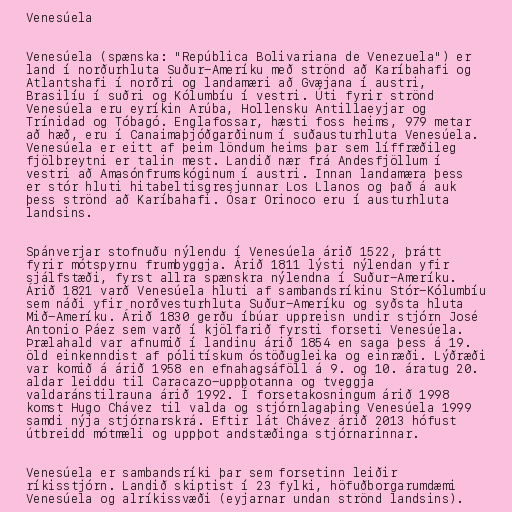
Venesúela

Venesúela (spænska: "República Bolivariana de Venezuela") er
land í norðurhluta Suður-Ameríku með strönd að Karíbahafi og
Atlantshafi í norðri og landamæri að Gvæjana í austri,
Brasilíu í suðri og Kólumbíu í vestri. Úti fyrir strönd
Venesúela eru eyríkin Arúba, Hollensku Antillaeyjar og
Trínidad og Tóbagó. Englafossar, hæsti foss heims, 979 metar
að hæð, eru í Canaimaþjóðgarðinum í suðausturhluta Venesúela.
Venesúela er eitt af þeim löndum heims þar sem líffræðileg
fjölbreytni er talin mest. Landið nær frá Andesfjöllum í
vestri að Amasónfrumskóginum í austri. Innan landamæra þess
er stór hluti hitabeltisgresjunnar Los Llanos og það á auk
þess strönd að Karíbahafi. Ósar Orinoco eru í austurhluta
landsins.

Spánverjar stofnuðu nýlendu í Venesúela árið 1522, þrátt
fyrir mótspyrnu frumbyggja. Árið 1811 lýsti nýlendan yfir
sjálfstæði, fyrst allra spænskra nýlendna í Suður-Ameríku.
Árið 1821 varð Venesúela hluti af sambandsríkinu Stór-Kólumbíu
sem náði yfir norðvesturhluta Suður-Ameríku og syðsta hluta
Mið-Ameríku. Árið 1830 gerðu íbúar uppreisn undir stjórn José
Antonio Páez sem varð í kjölfarið fyrsti forseti Venesúela.
Þrælahald var afnumið í landinu árið 1854 en saga þess á 19.
öld einkenndist af pólitískum óstöðugleika og einræði. Lýðræði
var komið á árið 1958 en efnahagsáföll á 9. og 10. áratug 20.
aldar leiddu til Caracazo-uppþotanna og tveggja
valdaránstilrauna árið 1992. Í forsetakosningum árið 1998
komst Hugo Chávez til valda og stjórnlagaþing Venesúela 1999
samdi nýja stjórnarskrá. Eftir lát Chávez árið 2013 hófust
útbreidd mótmæli og uppþot andstæðinga stjórnarinnar.

Venesúela er sambandsríki þar sem forsetinn leiðir
ríkisstjórn. Landið skiptist í 23 fylki, höfuðborgarumdæmi
Venesúela og alríkissvæði (eyjarnar undan strönd landsins).